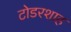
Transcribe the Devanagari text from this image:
टोडरशाह